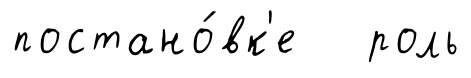
постано́вк'е роль